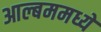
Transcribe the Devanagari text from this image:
आल्बममध्ये